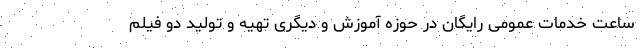
ساعت خدمات عمومی رایگان در حوزه آموزش و دیگری تهیه و تولید دو فیلم